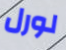
لورل